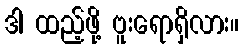
ဒါ ထည့်ဖို့ ဗူးရောရှိလား။